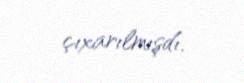
çıxarılmışdı.